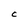
Character: C